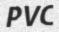
PVC